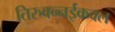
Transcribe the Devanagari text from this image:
तिरुवन्नईकवल